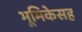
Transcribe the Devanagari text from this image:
भूमिकेसह